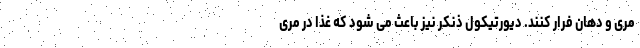
مری و دهان فرار کنند. دیورتیکول ذنکر نیز باعث می شود که غذا در مری